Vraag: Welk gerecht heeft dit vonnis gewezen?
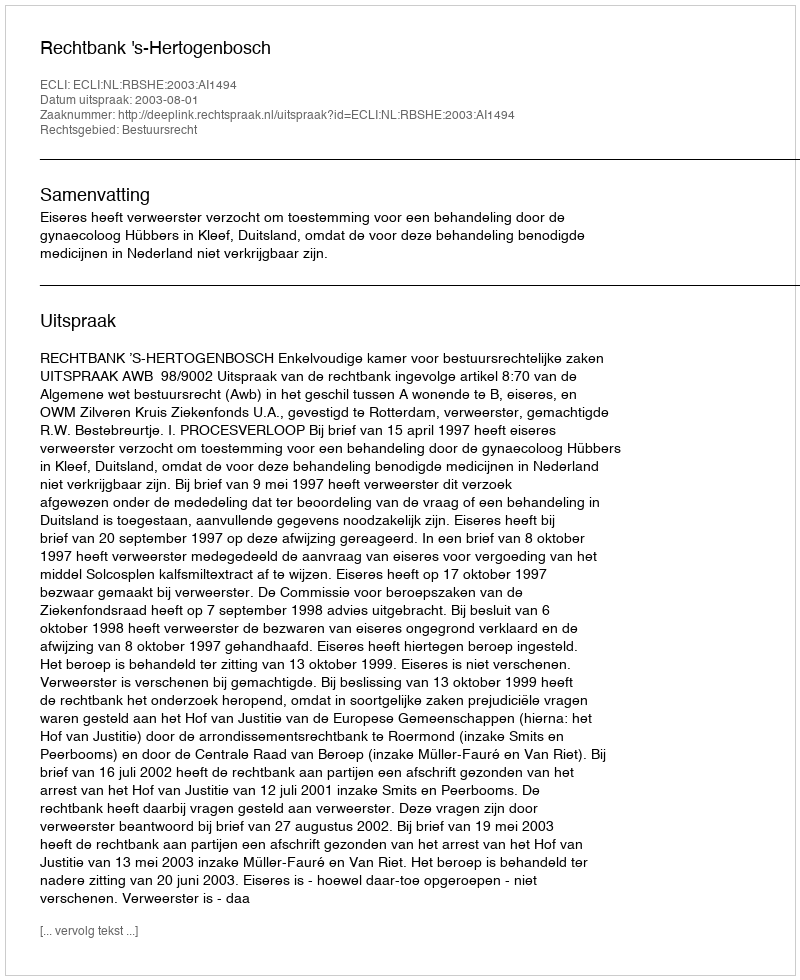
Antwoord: Rechtbank 's-Hertogenbosch